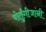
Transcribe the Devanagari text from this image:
पोर्तुंगीजांनी